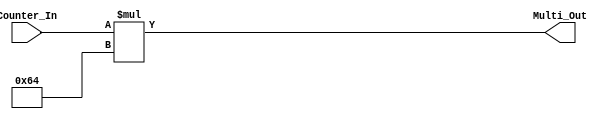
`timescale 1ns / 1ps
//////////////////////////////////////////////////////////////////////////////////
// Company: 
// Engineer: 
// 
// Design Name: 
// Module Name: Multiply100
// Project Name: 
// Target Devices: 
// Tool Versions: 
// Description: 
// 
// Dependencies: 
// 
// Revision:
// Revision 0.01 - File Created
// Additional Comments:
// 
//////////////////////////////////////////////////////////////////////////////////


module Multiply100(
    input [3:0] Counter_In,
    output [9:0] Multi_Out  
    );
    reg [10:0] out; //need carry bit just in case
    
    always@(Counter_In)
        out = Counter_In * 7'b1100100;
        
    assign Multi_Out = out[9:0];
    
endmodule